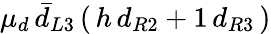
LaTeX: \mu_{d}\, \bar{d}_{L3}\, (\, h\, d_{R2}+1\, d_{R3}\, )